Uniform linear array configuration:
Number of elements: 32
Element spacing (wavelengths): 0.25
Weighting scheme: uniform
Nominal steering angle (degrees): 15
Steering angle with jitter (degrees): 13.668
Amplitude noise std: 0.05
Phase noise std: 0.05

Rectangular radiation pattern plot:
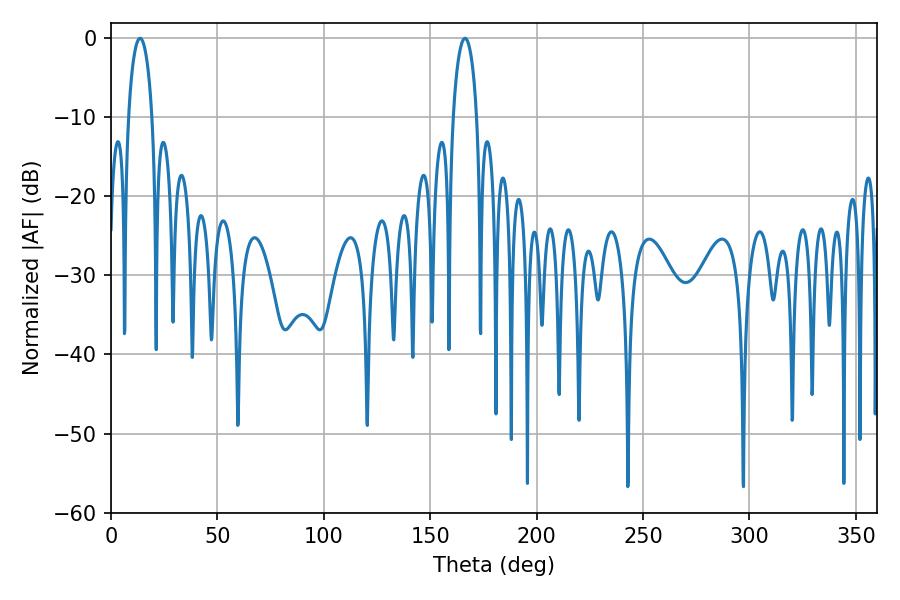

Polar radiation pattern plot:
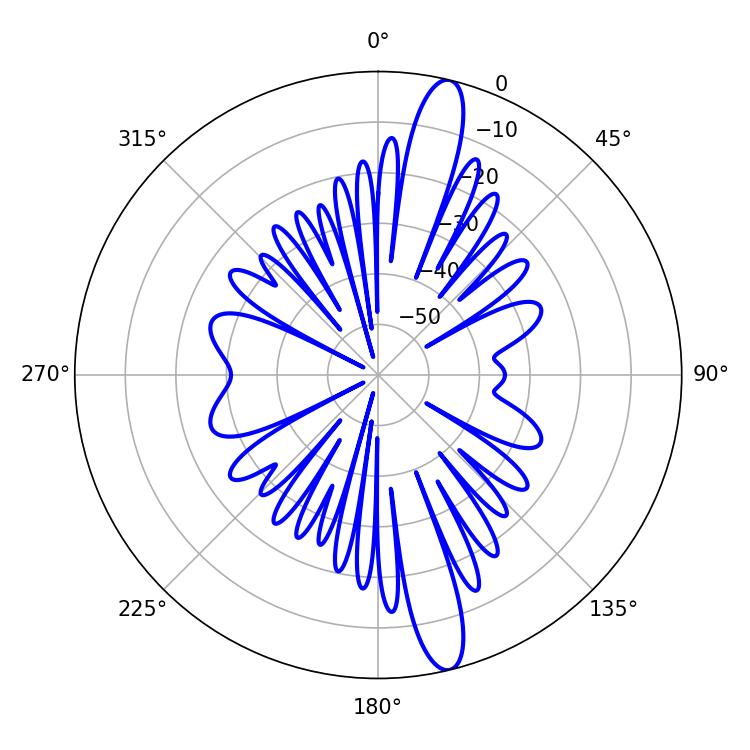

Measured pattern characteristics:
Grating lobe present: FALSE
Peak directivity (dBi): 15.321
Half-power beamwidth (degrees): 6.48
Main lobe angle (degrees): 13.68